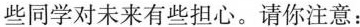
些同学对未来有些担心。请你注意：